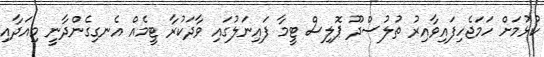
ކުޅުމަށް ހަމަޖެހިފައިވާއިރު ތުލުސްދޫ ޕޮލިސް ޓީމާ ފައިނަލުގައި ވާދަކުރާ ޓީމެއް އެނގިގެންދާނީ މިއަދާއި